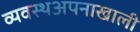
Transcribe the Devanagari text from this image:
व्यवस्थअपनाखाली